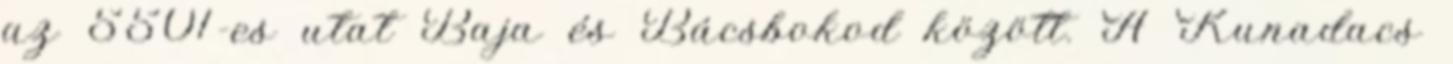
az 5501-es utat Baja és Bácsbokod között. A Kunadacs